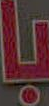
با